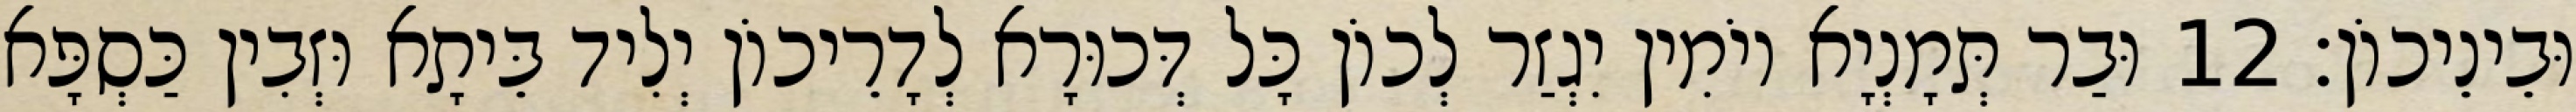
וּבֵינֵיכוֹן׃ 12 וּבַר תְּמָנְיָא יוֹמִין יִגְזַר לְכוֹן כָּל דְּכוּרָא לְדָרֵיכוֹן יְלִיד בֵּיתָא וּזְבִין כַּסְפָּא